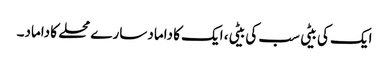
ایک کی بیٹی سب کی بیٹی، ایک کا داماد سارے محلے کا داماد۔